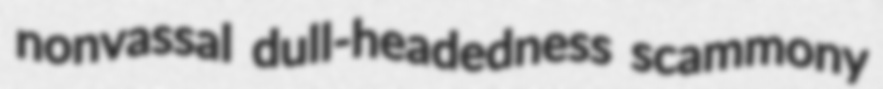
nonvassal dull-headedness scammony